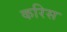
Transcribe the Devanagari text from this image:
करिस